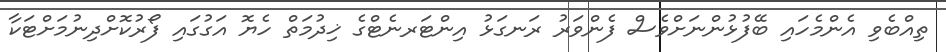
ތިއްބެވި އެންމެހައި ބޭފުޅުންނަށްވެސް ފެންވަރު ރަނގަޅު އިންޓަރނެޓްގެ ޚިދުމަތް ހެޔޮ އަގުގައި ފޯރުކޮށްދިނުމަށްޓަކާ